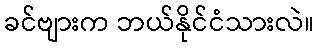
ခင်ဗျားက ဘယ်နိုင်ငံသားလဲ။